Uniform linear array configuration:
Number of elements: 64
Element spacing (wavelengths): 0.5
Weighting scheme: binomial
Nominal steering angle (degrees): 0
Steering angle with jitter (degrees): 0.9078
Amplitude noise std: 0.05
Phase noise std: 0.05

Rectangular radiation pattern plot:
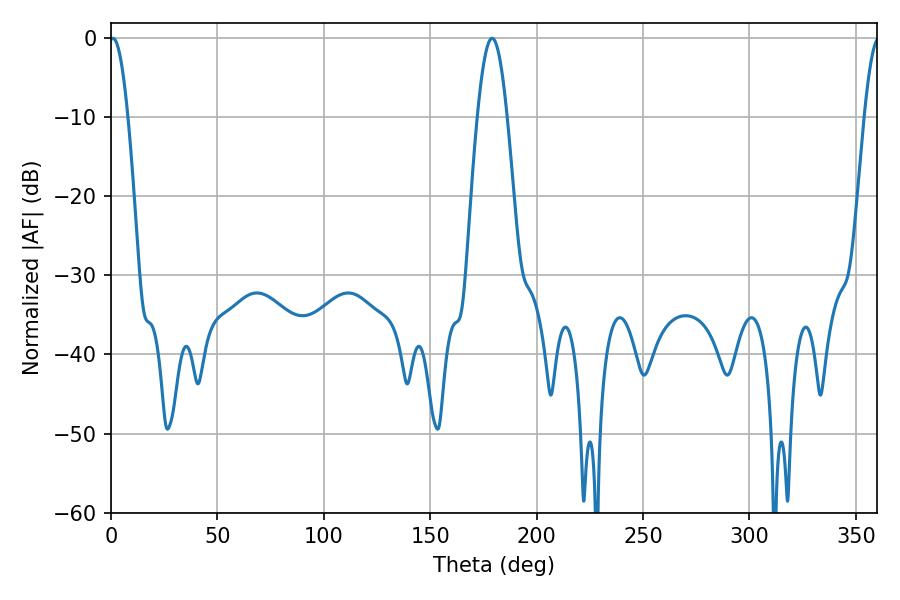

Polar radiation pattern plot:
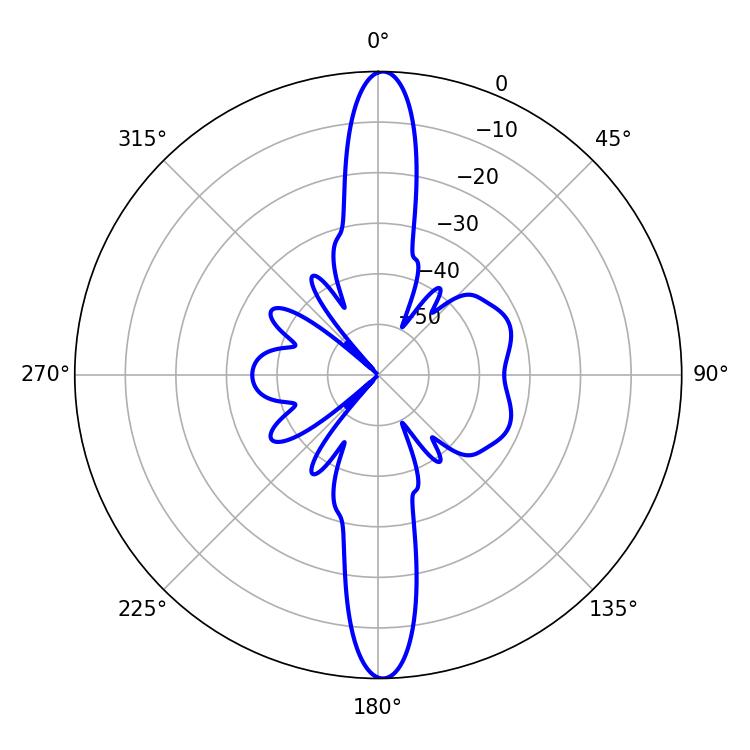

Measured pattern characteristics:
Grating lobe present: FALSE
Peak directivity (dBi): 26.195
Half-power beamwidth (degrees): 4.68
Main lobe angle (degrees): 0.9